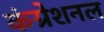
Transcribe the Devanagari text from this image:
कंग्रेशनल